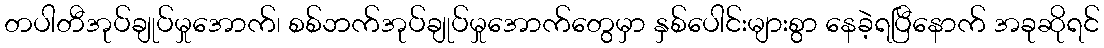
တပါတီအုပ်ချုပ်မှုအောက်၊ စစ်ဘက်အုပ်ချုပ်မှုအောက်တွေမှာ နှစ်ပေါင်းများစွာ နေခဲ့ရပြီနောက် အခုဆိုရင်